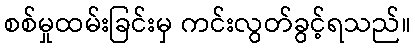
စစ်မှုထမ်းခြင်းမှ ကင်းလွတ်ခွင့်ရသည်။